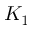
K _ { 1 }